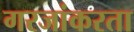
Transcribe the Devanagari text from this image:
गरजांकरता